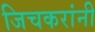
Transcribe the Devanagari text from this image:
जिचकरांनी